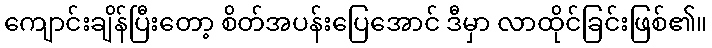
ကျောင်းချိန်ပြီးတော့ စိတ်အပန်းပြေအောင် ဒီမှာ လာထိုင်ခြင်းဖြစ်၏။